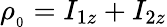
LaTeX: \rho_{_{0}}=I_{1z}+I_{2z}